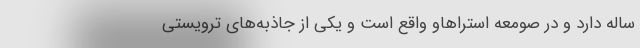
ساله دارد و در صومعه استراهاو واقع است و یکی از جاذبه‌های ترویستی